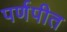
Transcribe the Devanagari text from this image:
पर्णपीत